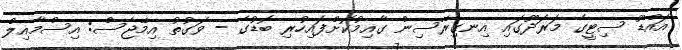
އައްޑޫ ސިޓީގެ މަރަދޫގައި އިނގިރޭސިން ގާއިމުކޮށްފައިހުރި ބޮޑުގެ - ވަގުތު އިމޭޖެސް: އިސްމާއިލް